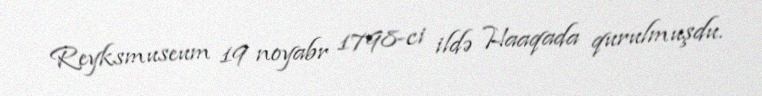
Reyksmuseum 19 noyabr 1798-ci ildə Haaqada qurulmuşdu.